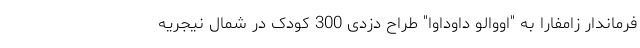
فرماندار زامفارا به "اووالو داوداوا" طراح دزدی 300 کودک در شمال نیجریه